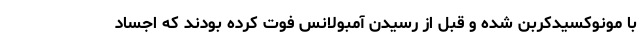
با مونوکسیدکربن شده و قبل از رسیدن آمبولانس فوت کرده بودند که اجساد